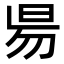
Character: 𣆄